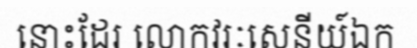
នោះដែរ លោកវរៈសេនីយ៍ឯក